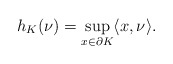
\begin{align*} h_K(\nu)=\sup_{x\in\partial K} \langle x,\nu\rangle.\end{align*}